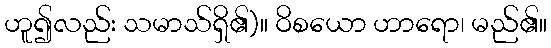
ဟူ၍လည်း သမာသ်ရှိ၏)။ ဝိစယော ဟာရော၊ မည်၏။